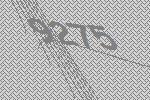
9275